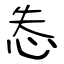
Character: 怣